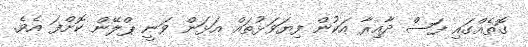
ގޮތެއްގައި ފަސް ދާއިރާ އަކުން ފިޔަވަޅުތައް އަޅަން ވަނީ ޕްލޭން ކޮށްފަ އެވެ.